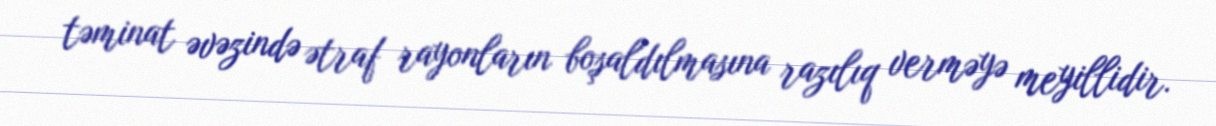
təminat əvəzində ətraf rayonların boşaldılmasına razılıq verməyə meyillidir.